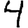
Digit: 4